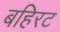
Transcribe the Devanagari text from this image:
बहिरट